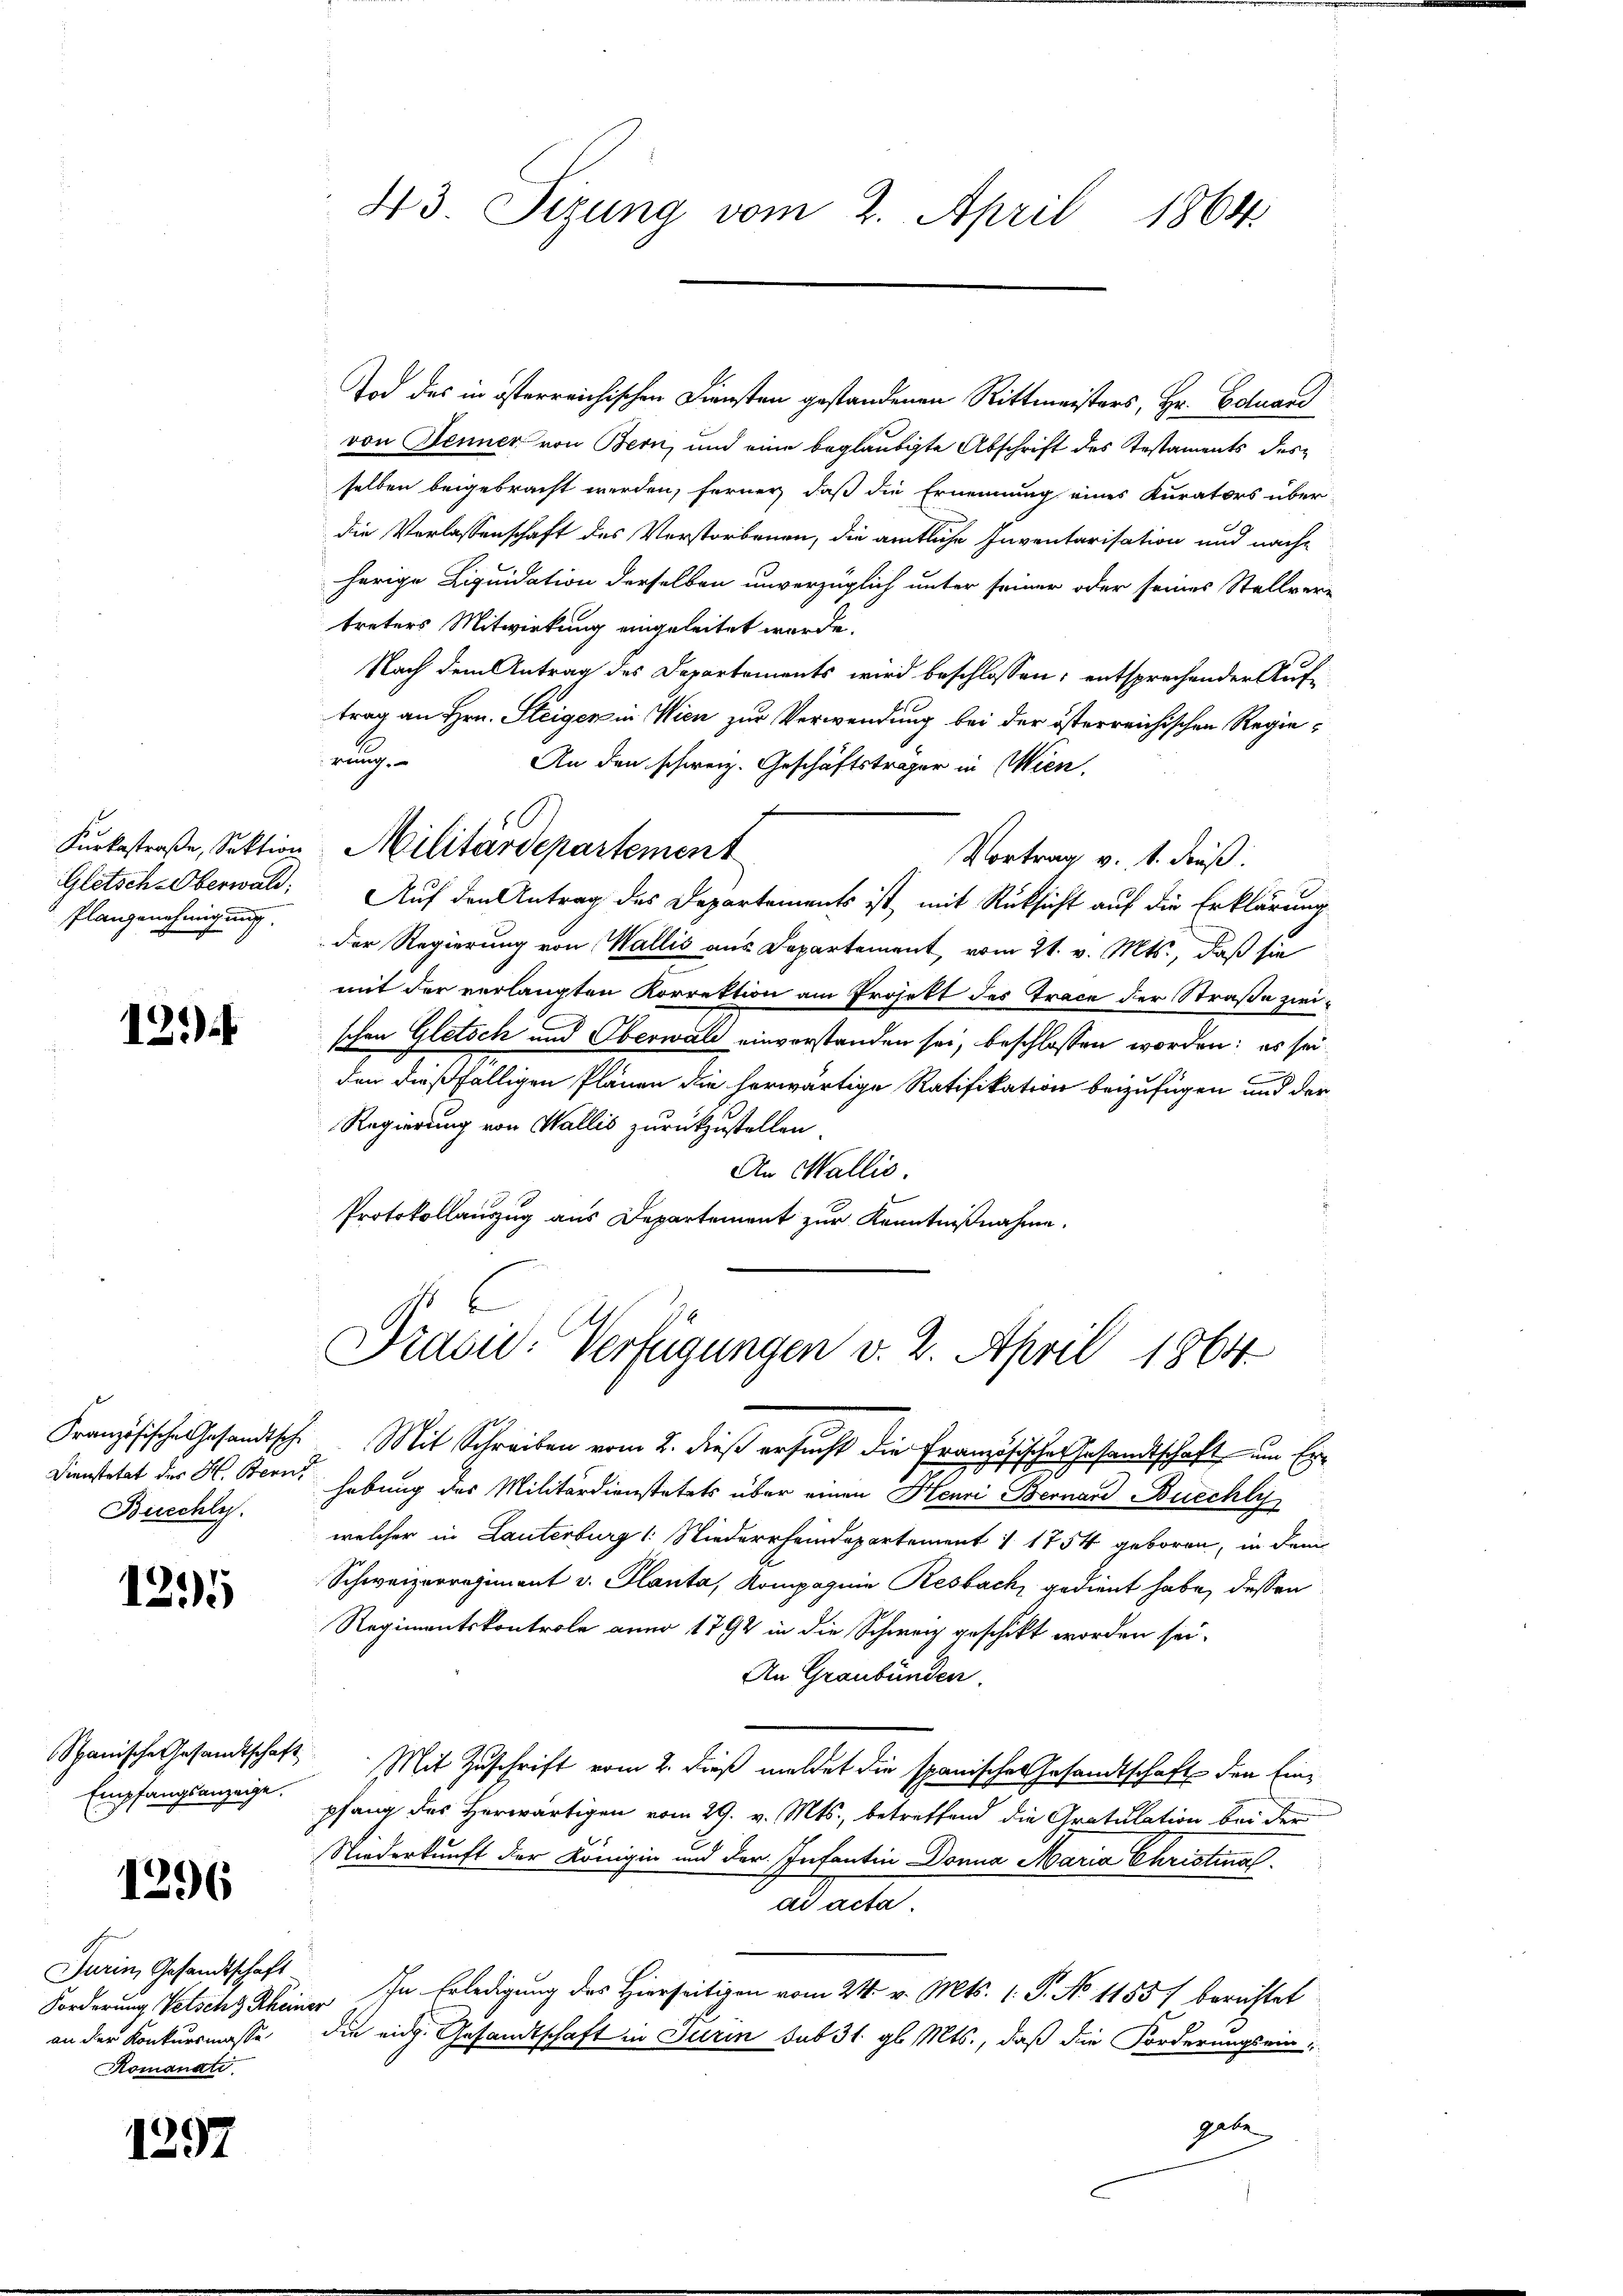
Plangenehmigung.

121)

Buschli

1295

1296

Tod des in österreichischen Diensten gestandenen Rittmeisters, Hr. Eduard
von Denner von Bern, und eine beglaubigte Abschrift des Testaments des
selben beigebracht werden, ferner daß die Ernennung eines Kurators über-
die Verlassenschaft des Verstorbenen, die amtliche Inventarisation und nach-
herige Liquidation derselben unverzüglich unter seiner oder seines Stellver-
treters Mitwirkung eingeleitet werde.
Nach dem Antrag des Departements wird beschlossen; entsprechender Auftrag an Hrn. Steigen in Wien zur Verwendung bei der österreichischen Regierung.
An den schweiz. Geschäftsträger in Wien.
Kŭrkestraβe, Sektion Militärdepartement
Vortrag v. 1. Fuß.
Gletsch-Oberwald. Auf den Antrag des Departements ist mit Rüksicht auf die Erklärung
Der Regierung von Wallis aus Departement, vom 21. v. Mts., daß sie
mit der verlangten Korrektion am Projekt des Trace der Straße zweischon Gletsch und Oberwald einverstanden sei, beschlossen worden; es sei
den dießfälligen Plänen die herwärtige Ratifikation beizufügen und der
Regierung von Wallis zurückzustellen.
An Wallis.
Protokollauszug aus Departement zur Kenntnißnahme.

Turin, Gesandtschaft
an der Konkursmasse
Komanati

1297

43. Sizung vom 2. April 1864.

Pravić-Verfügungen v. 2. April 1864.

Französische Gesandtsch. Mit Schreiben vom 2. dieß ersucht die Französische Gesandtschaft um Er¬
Dienstetat der H. Bern, habung des Militärdienstatuts über einen Henri Bernard Buechli
welcher in Lauterburg 1: Niederrheindepartement I 1754 geboren, in dem
Schweizerregiment v. Planta, Kompagnie Resbach, gedient habe, dessen
Regimentskontrole anno 1792 in die Schweiz geschikt worden sei.
An Graubünden.
Spanische Gesandtschaft Mit Zuschrift vom 2. dieß meldet die spanischen Gesandtschaft den Ein¬
Empfangsanzeigen pfang des Herwärtigen vom 29. v. Mts., betreffend die Gratulation bei der
Niederkunft der Königin und der Infantin Donna Maria Christinal
ad acte.
Forderung Vetschy Rheiner In Erledigung des Hierseitigen vom 24. v. Mts. 1. P. No 1155) berichtet
die eidg. Gesandtschaft in Turin sub 31. gl. Mts., daß die Forderungsein
gete
i